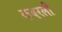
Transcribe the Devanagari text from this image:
कबरली